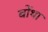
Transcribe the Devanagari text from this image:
बोंथा